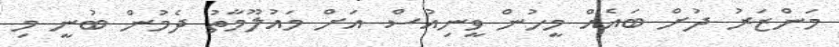
މަންޒަރު ދުށް ބައެއް މީހުން ވީނިއުސް އަށް މައުލޫމާތު ދެމުން ބުނީ މި